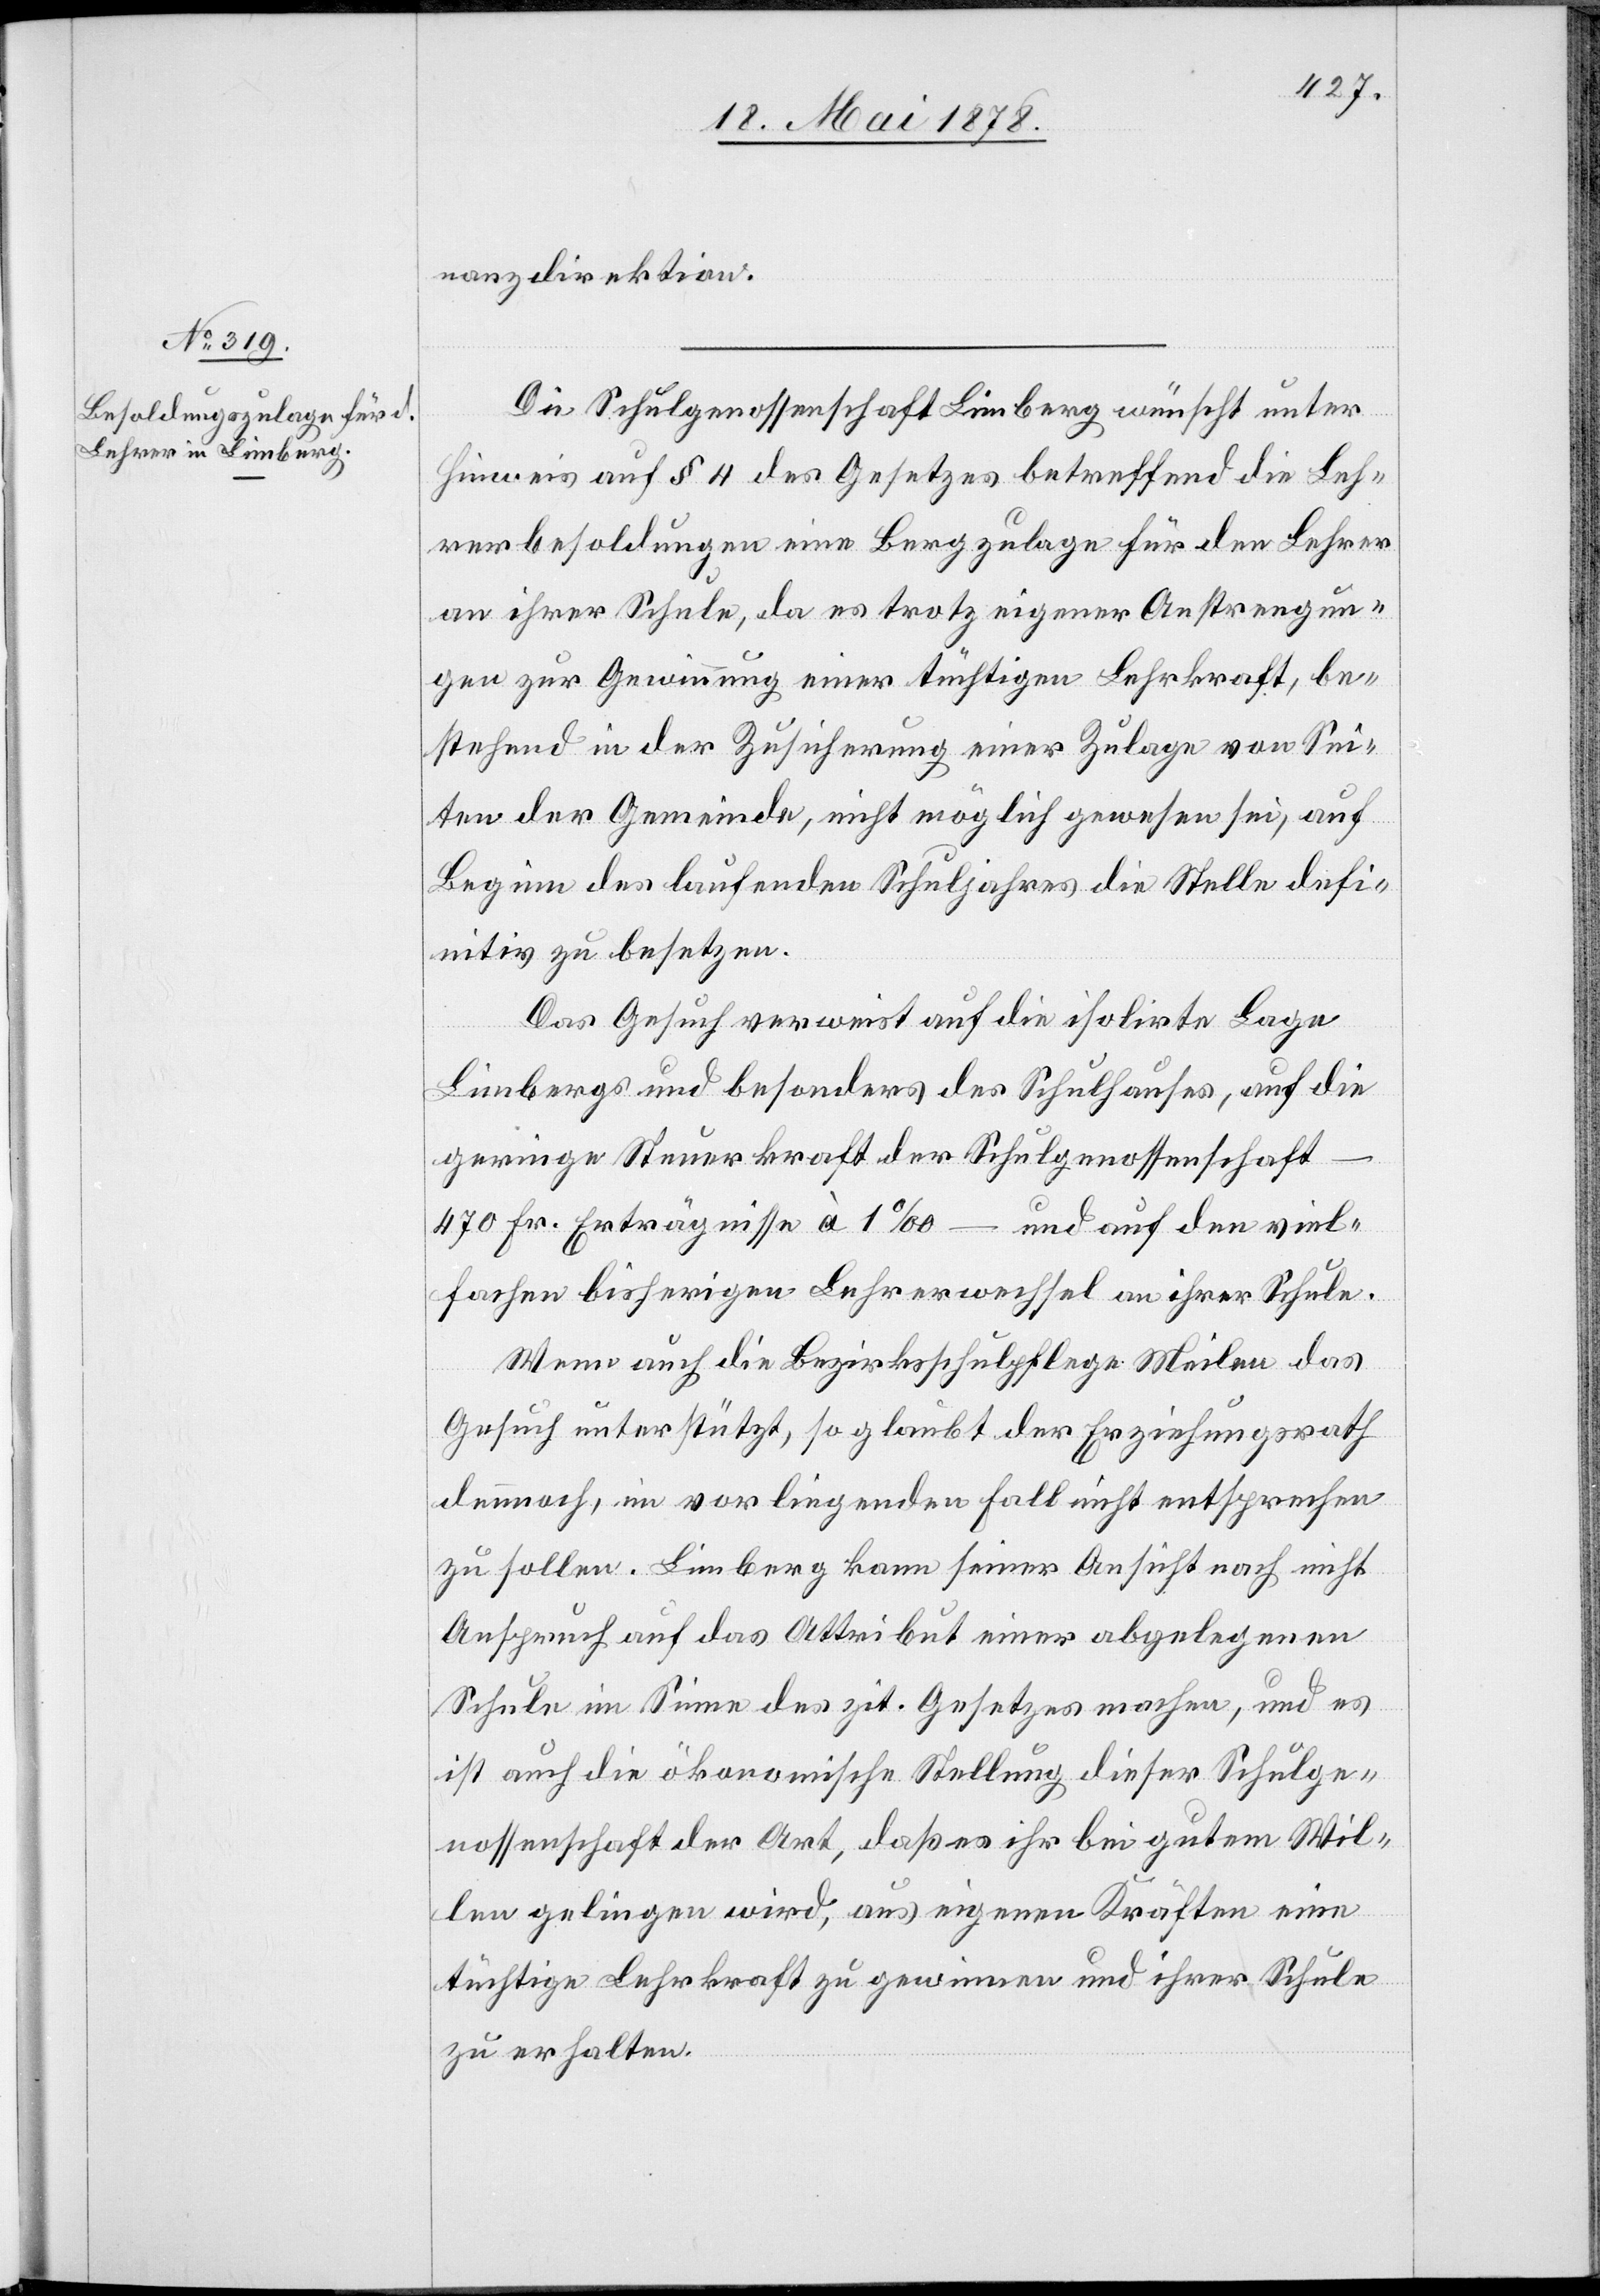
nanzdirektion.
Die Schulgenossenschaft Limberg wünscht unter
Hinweis auf § 4 des Gesetzes betreffend die Leh¬
rerbesoldungen eine Bergzulage für den Lehrer
an ihrer Schule, da es trotz eigener Anstrengun¬
gen zur Gewinnung einer tüchtigen Lehrkraft, be¬
stehend in der Zusicherung einer Zulage von Sei¬
ten der Gemeinde, nicht möglich gewesen sei, auf
Beginn des laufenden Schuljahres die Stelle defi¬
nitiv zu besetzen.
Das Gesuch verweist auf die isolirte Lage
Limbergs und besonders des Schulhauses, auf die
geringe Steuerkraft der Schulgenossenschaft
470 Fr. Erträgnisse à 1‰ – und auf den viel¬
fachen bisherigen Lehrerwechsel an ihrer Schule.
Wenn auch die Bezirksschulpflege Meilen das
Gesuch unterstützt, so glaubt der Erziehungsrath
dennoch, im vorliegenden Fall nicht entsprechen
zu sollen. Limberg kann seiner Ansicht nach nicht
Anspruch auf das Attribut einer abgelegenen
Schule im Sinne des zit. Gesetzes machen, und es
ist auch die ökonomische Stellung dieser Schulge¬
nossenschaft der Art, daß es ihr bei gutem Wil¬
len gelingen wird, aus eigenen Kräften eine
tüchtige Lehrkraft zu gewinnen und ihrer Schule
zu erhalten.